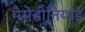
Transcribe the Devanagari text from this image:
मैसेडोनियाई